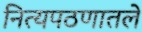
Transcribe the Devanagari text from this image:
नित्यपठणातले